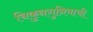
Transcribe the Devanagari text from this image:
चिकुनगुनियाची